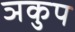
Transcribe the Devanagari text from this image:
ञकुप